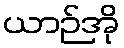
ယာဉ်အို